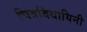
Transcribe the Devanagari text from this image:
चित्रविधायिनी